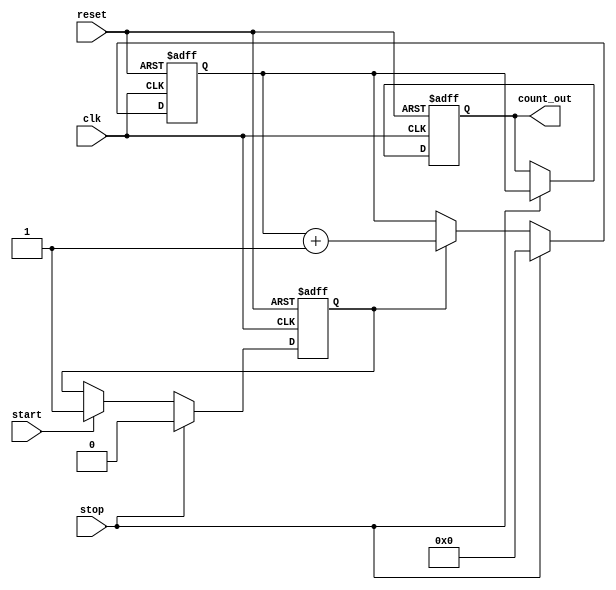
module TDC (
    input wire clk,        // Clock input
    input wire reset,      // Asynchronous reset
    input wire start,      // Start signal
    input wire stop,       // Stop signal
    output reg [31:0] count_out // Output count value
);
    
    reg [31:0] counter;    // Counter for clock cycles
    reg counting;          // State register to indicate counting status

    // Asynchronous reset and counter logic
    always @(posedge clk or posedge reset) begin
        if (reset) begin
            counter <= 32'b0;   // Clear counter on reset
            counting <= 1'b0;   // Set counting state to idle
            count_out <= 32'b0; // Clear output on reset
        end else begin
            if (start) begin
                counting <= 1'b1; // Start counting
            end
            
            if (counting) begin
                counter <= counter + 1; // Increment counter on each clock cycle
            end
            
            if (stop) begin
                count_out <= counter; // Store the count value when stopped
                counting <= 1'b0;     // Stop counting
                counter <= 32'b0;     // Reset the counter for the next measurement
            end
        end
    end
    
endmodule